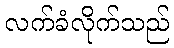
လက်ခံလိုက်သည်